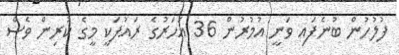
ފުލުހުން ބުނެފައި ވަނީ އުމުރުން 36 އަހަރުގެ ރައުފަކީ މީގެ ކުރިން ވެސް